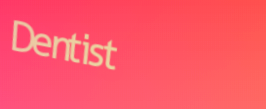
Dentist